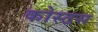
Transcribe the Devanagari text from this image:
कोस्टस